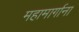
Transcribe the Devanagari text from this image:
महामार्गाना